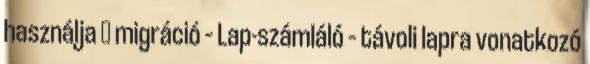
használja → migráció – Lap-számláló – távoli lapra vonatkozó